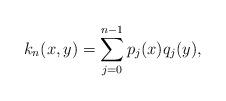
LaTeX: \begin{align*} k_n(x,y) = \sum_{j=0}^{n-1} p_j(x) q_j(y), \end{align*}